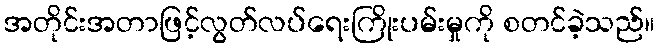
အတိုင်းအတာဖြင့်လွတ်လပ်ရေးကြိုးပမ်းမှုကို စတင်ခဲ့သည်။